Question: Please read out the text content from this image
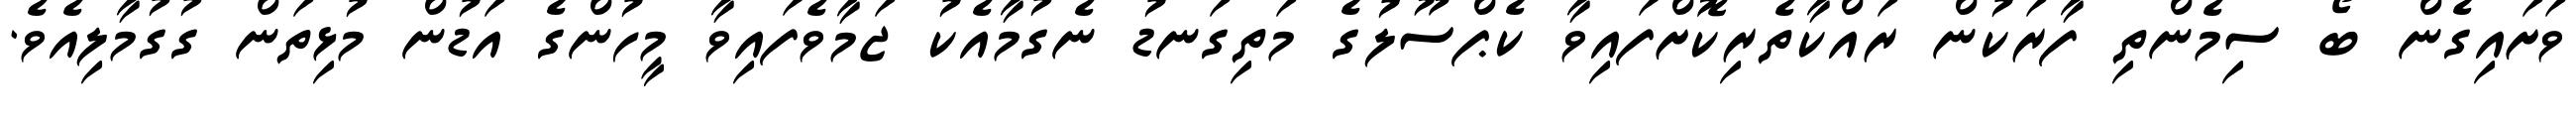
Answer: ވަށައިގެން ބޯ ސިމެންތި ފާރަކުން ރައްކާތެރިކޮށްފައިވާ ކެޕްސޫލުގެ މަތިގަނޑު ނެގުމާއެކު ޖަމާވެފައިވާ މީހުންގެ އަޑުން މުޅިތަން ގުގުމާލިއެވެ.